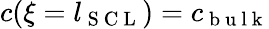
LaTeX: c(\xi=l_{\mathrm{~S~C~L~}})=c_{\mathrm{~b~u~l~k~}}